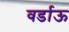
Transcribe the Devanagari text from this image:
वर्डाऊ